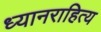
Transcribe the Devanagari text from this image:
ध्यानराहित्य